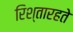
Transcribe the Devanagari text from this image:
रिश्तारहते